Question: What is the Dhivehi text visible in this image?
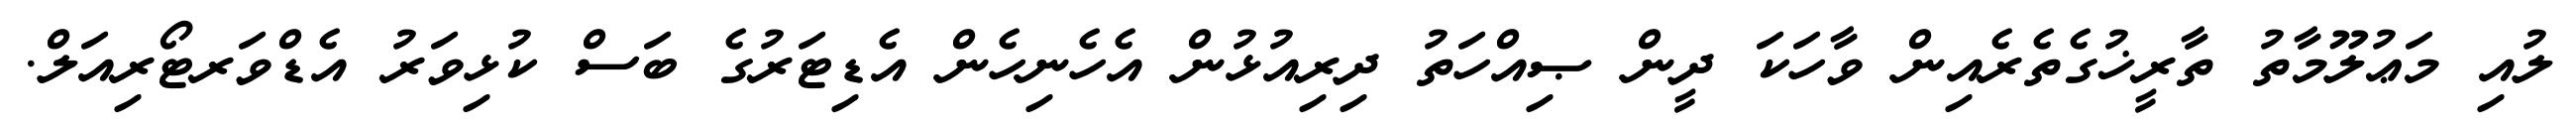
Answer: ލުއި މަޢުލޫމާތު ތާރީޚުގެތެރެއިން ވާހަކަ ދީން ޞިއްހަތު ދިރިއުޅުން އެހެނިހެން އެޑިޓަރުގެ ބަސް ކުޅިވަރު އެޑްވަރޓޯރިއަލް.